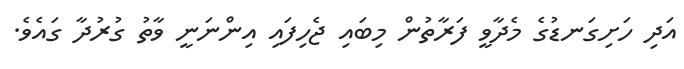
އަދި ހަށިގަނޑުގެ މެދާވީ ފަރާތުން މިބައި ޖެހިފައި އިންނަނީ ވާތު ގުރުދާ ގައެވެ.